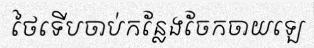
ថៃទើបចាប់កន្លែងចែកចាយឡេ